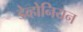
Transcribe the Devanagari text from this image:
डेव्होनियन